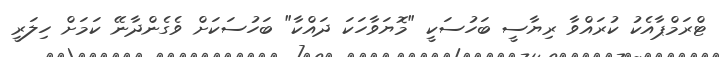
ޓްރަމްޕާއެކު ކުރައްވާ ރިޔާސީ ބަހުސަކީ "މޮޔަވާހަކަ ދައްކާ" ބަހުސަކަށް ވެގެންދާނޭ ކަމަށް ހިލަރީ